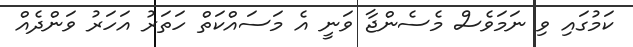
ކަމުގައި ވި ނަމަވެސް މެސެންޖާ ވަނީ އެ މަސައްކަތް ހަތަރު އަހަރު ވަންދެއް